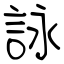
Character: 詠